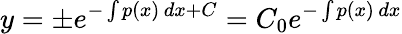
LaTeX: y=\pm e^{-\int p(x)\, dx+C}=C_{0}e^{-\int p(x)\, dx}